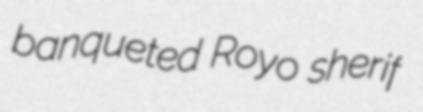
banqueted Royo sherif